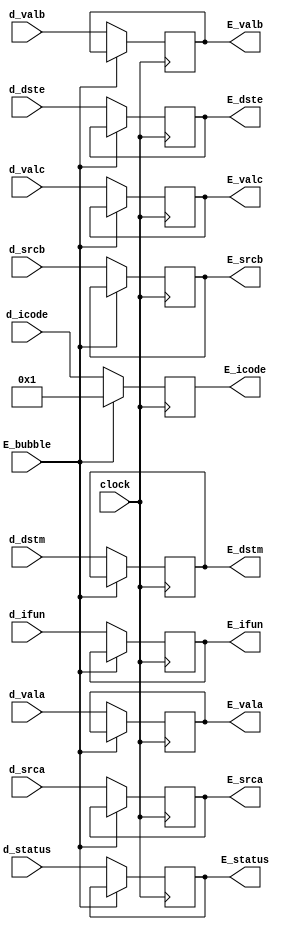
module execute_register(
    input clock,
    input [1:0] d_status, 
    input [3:0] d_icode, d_ifun, d_srca, d_srcb, d_dste, d_dstm,
    input [63:0] d_vala,d_valb,d_valc,
    input E_bubble,
    output reg [3:0] E_icode, E_ifun, E_srca, E_srcb, E_dste, E_dstm,
    output reg [63:0] E_vala, E_valb, E_valc,
    output reg [1:0] E_status
);

always@(posedge clock)
begin
    if(E_bubble==0)
    begin
        E_vala<=d_vala;
        E_valb<=d_valb;
        E_valc<=d_valc;
        E_icode<=d_icode;
        E_ifun<=d_ifun;
        E_srca<=d_srca;
        E_srcb<=d_srcb;
        E_dste<=d_dste;
        E_status<=d_status;
        E_dstm<=d_dstm;
    end
    else
    begin
        E_icode<=4'd1;
    end
end

endmodule